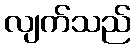
လျက်သည်